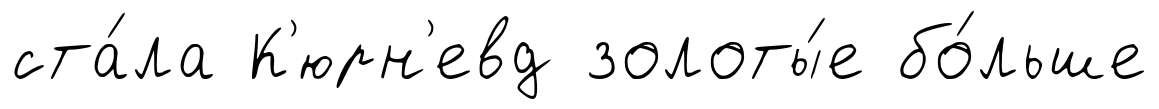
ста́ла К'юрн'евд золоты́е бо́льше